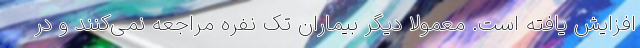
افزایش یافته است. معمولا دیگر بیماران تک نفره مراجعه نمی‌کنند و در